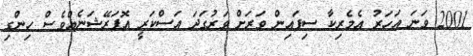
2001 ވަނަ އަހަރު އެމެރިކާ ސިފައިން ވަރަށް ވަރުގަދަ އަސްކަރީ އޮޕަރޭޝަނެއްވެސް ހިންގި